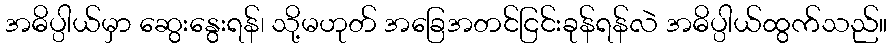
အဓိပ္ပါယ်မှာ ဆွေးနွေးရန်၊ သို့မဟုတ် အခြေအတင်ငြင်းခုန်ရန်လဲ အဓိပ္ပါယ်ထွက်သည်။